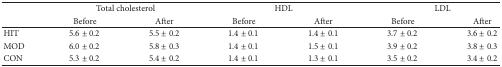
|  | <COLSPAN=2> Total cholesterol | <COLSPAN=2> HDL | <COLSPAN=2> LDL |
 |  | Before | After | Before | After | Before | After |
 | --- | --- | --- | --- | --- | --- | --- |
 | HIT | 5.6 ± 0.2 | 5.5 ± 0.2 | 1.4 ± 0.1 | 1.4 ± 0.1 | 3.7 ± 0.2 | 3.6 ± 0.2 |
 | MOD | 6.0 ± 0.2 | 5.8 ± 0.3 | 1.4 ± 0.1 | 1.5 ± 0.1 | 3.9 ± 0.2 | 3.8 ± 0.3 |
 | CON | 5.3 ± 0.2 | 5.4 ± 0.2 | 1.4 ± 0.1 | 1.3 ± 0.1 | 3.5 ± 0.2 | 3.4 ± 0.2 |